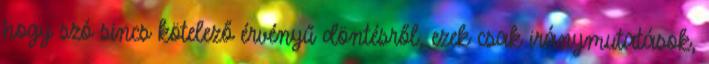
hogy szó sincs kötelező érvényű döntésről, ezek csak iránymutatások,